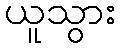
ယူသွား